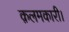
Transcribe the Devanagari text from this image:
क़लमकारी।